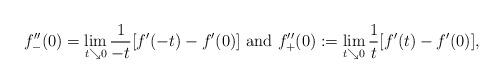
LaTeX: \begin{align*}f_{-}^{\prime\prime}(0)=\lim_{t\searrow0}\frac{1}{-t}[f^{\prime}(-t)-f^{\prime}(0)]\mbox{ and }f_{+}^{\prime\prime}(0):=\lim_{t\searrow0}\frac{1}{t}[f^{\prime}(t)-f^{\prime}(0)],\end{align*}